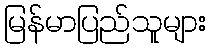
မြန်မာပြည်သူများ